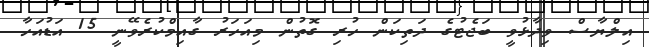
އިލްޔާސް ވިދާޅުވީ ބަޖެޓުގެ ދަތިކަން ހުރި ގޮތުން މިއަހަރު ގާއިމްކުރެވޭނީ 15 އަޑުއަހާ